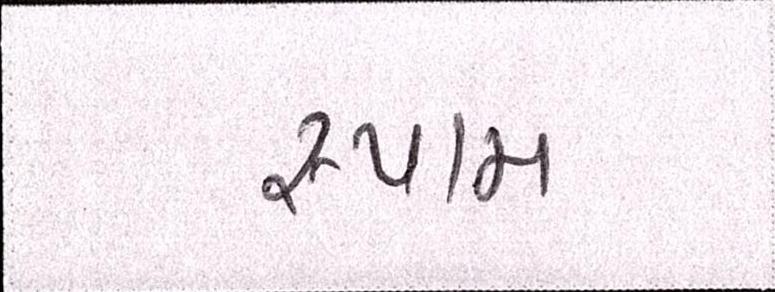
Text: સ્પામ